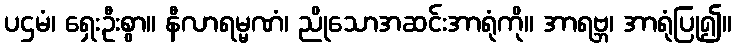
ပဌမံ၊ ရှေးဦးစွာ။ နီလာရမ္မဏံ၊ ညိုသောအဆင်းအာရုံကို။ အာရဗ္ဘ၊ အာရုံပြု၍။